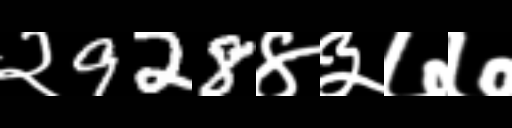
Text: २928४३७७